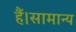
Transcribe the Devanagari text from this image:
हैं।सामान्य